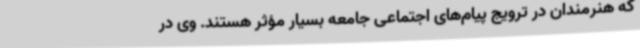
که هنرمندان در ترویج پیام‌های اجتماعی جامعه بسیار مؤثر هستند. وی در